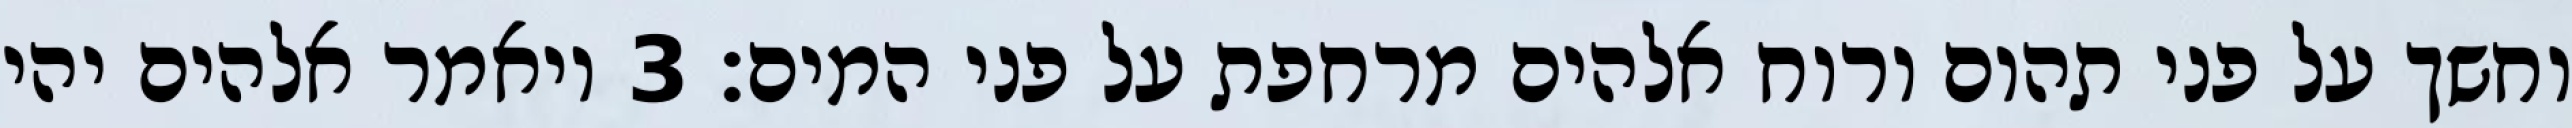
וחשך על פני תהום ורוח אלהים מרחפת על פני המים׃ ‎3‏ ויאמר אלהים יהי